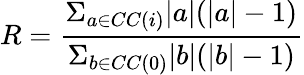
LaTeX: R=\frac{\Sigma_{a\in CC(i)}|a|(|a|-1)}{\Sigma_{b\in CC(0)}|b|(|b|-1)}